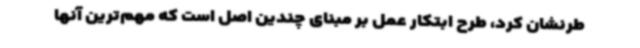
طرنشان کرد، طرح ابتکار عمل بر مبنای چندین اصل است که مهم‌ترین آنها